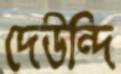
দেউন্দি